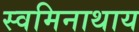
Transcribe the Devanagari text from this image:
स्वमिनाथाय